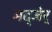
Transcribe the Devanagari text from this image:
मद्जेर्